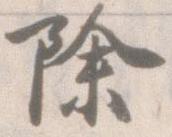
除